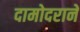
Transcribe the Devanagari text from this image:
दामोदराने